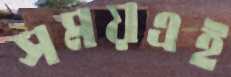
সময়এই